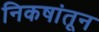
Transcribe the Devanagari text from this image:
निकषांतून